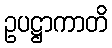
ဥပဋ္ဌာကာတိ